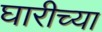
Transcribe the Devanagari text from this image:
घारीच्या